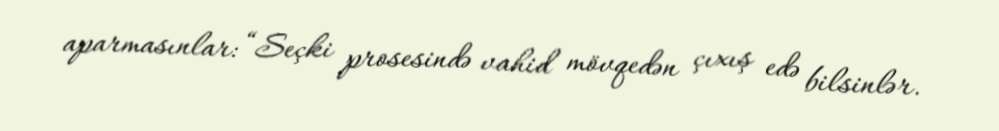
aparmasınlar: “Seçki prosesində vahid mövqedən çıxış edə bilsinlər.